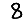
Digit: 8